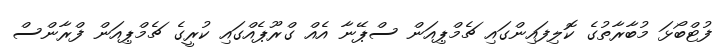
ފުޓްބޯޅަ މުބާރާތުގެ ކޮލިފައިންގައި ޗެމްޕިއަން ސްޕޭނާ އެއް ގްރޫޕެއްގައި ކުރީގެ ޗެމްޕިއަން ފްރާންސް